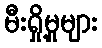
မီးရှို့မှုများ